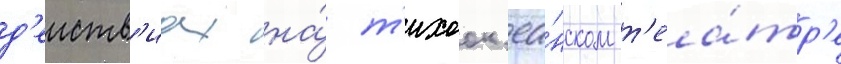
д'еиств'иах на́ т'ихоок'еа́нском т'еа́тр'е